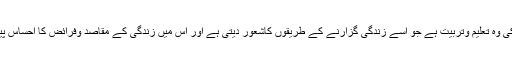
یہ نئی نسل کی وہ تعلیم وتربیت ہے جو اسے زندگی گزارنے کے طریقوں کاشعور دیتی ہے اور اس میں زندگی کے مقاصد وفرائض کا احساس پیداکرتی ہے ۔